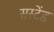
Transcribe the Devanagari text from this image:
सस्टेंड